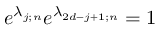
e ^ { \lambda _ { j ; n } } e ^ { \lambda _ { 2 d - j + 1 ; n } } = 1